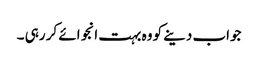
جواب دینے کو وہ بہت انجوائے کر رہی ۔